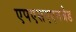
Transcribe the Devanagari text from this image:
एपएसएएनजेड